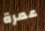
عمرة